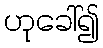
ဟုခေါ်၍